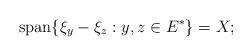
LaTeX: \begin{align*}\textrm{span}\{\xi_y-\xi_z : y,z \in E^{*}\}=X;\end{align*}